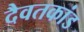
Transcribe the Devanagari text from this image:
दैवतकांड